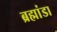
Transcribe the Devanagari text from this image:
ब्रह्मांडा